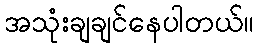
အသုံးချချင်နေပါတယ်။